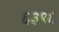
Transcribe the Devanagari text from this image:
६३९६